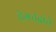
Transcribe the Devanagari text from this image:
हेमचंद्रांचे